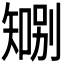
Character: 𪿍